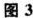
图3